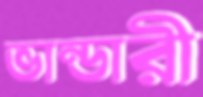
ভান্ডারী